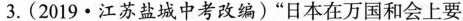
3.(2019·江苏盐城中考改编)”日本在万国和会上要